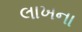
લાખના